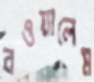
বওয়ালেম